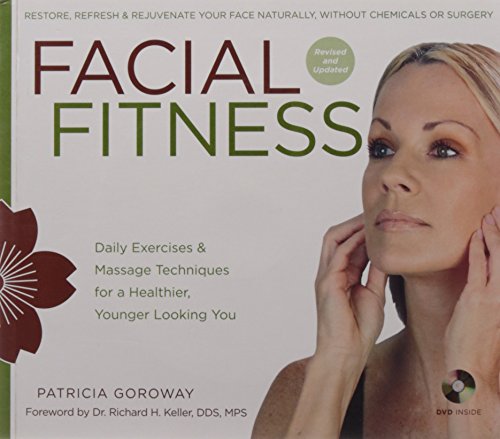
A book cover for Facial Fitness: Daily Exercises & Massage Techniques for a Healthier, Younger Looking You; Patricia Goroway; Health, Fitness & Dieting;